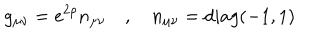
LaTeX: g _ { \mu \nu } = e ^ { 2 \rho } n _ { \mu \nu } \quad , \quad n _ { \mu \nu } = d i a g ( - 1 , 1 )